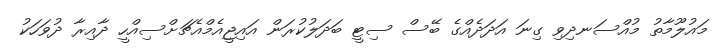
މައުލޫމާތު މުއްސަނދިވި ގިނަ އަދަދެއްގެ ބޭސް ސިޓީ ބަދަލުކުރަން އައިޖީއެމްއެޗަށްސިއްހީ ދާއިރާ ދުވަހަކު